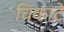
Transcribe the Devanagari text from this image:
चिकाटे